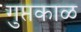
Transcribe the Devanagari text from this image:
गुप्तकाळ